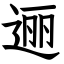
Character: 逦